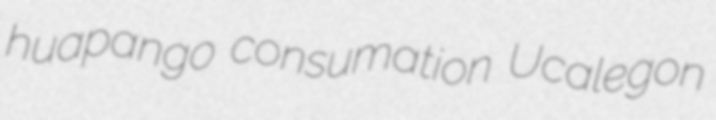
huapango consumation Ucalegon